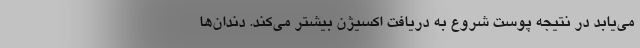
می‌یابد در نتیجه پوست شروع به دریافت اکسیژن بیشتر می‌کند. دندان‌ها